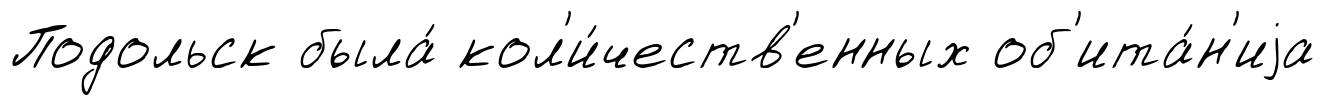
Подольск была́ кол'и́честв'енных об'ита́н'иjа